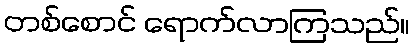
တစ်စောင် ရောက်လာကြသည်။